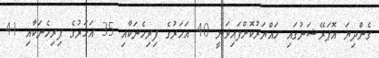
ގެންދިޔަ އޮޕަރޭޝަނުގައި ހައްޔަރުކޮށްފައިވަނީ 40 އަހަރުގެ ފިރިހެނަކާއި 35 އަހަރުގެ ފިރިހެނަކާއި 41